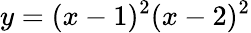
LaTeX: y=(x-1)^{2}(x-2)^{2}